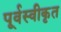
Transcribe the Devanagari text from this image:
पूर्वस्वीकृत